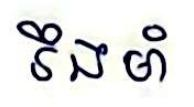
រឹងមាំ